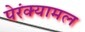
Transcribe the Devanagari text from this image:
पेरंक्यामल